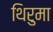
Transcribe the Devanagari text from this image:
थिरुमा